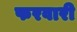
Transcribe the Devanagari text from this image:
फरवारी